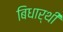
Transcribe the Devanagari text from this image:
बिधार्थी